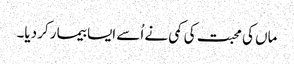
ماں کی محبت کی کمی نے اُسے ایسا بیما رکر دیا۔